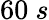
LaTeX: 60~s